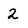
Character: 2